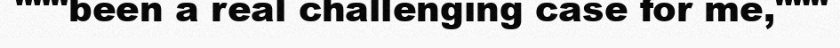
"""been a real challenging case for me,"""